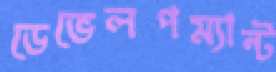
ডেভেলপম্যান্ট